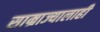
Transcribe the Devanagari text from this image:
साम्राज्यालाही